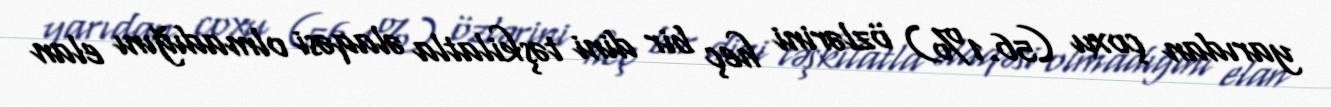
yarıdan çoxu (56.1%) özlərini heç bir dini təşkilatla əlaqəsi olmadığını elan